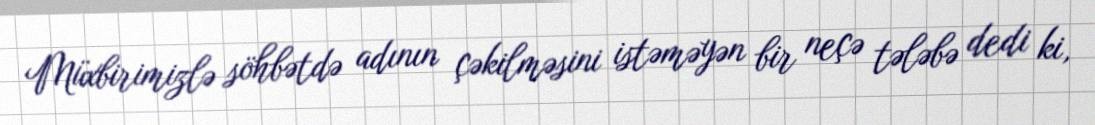
Müxbirimizlə söhbətdə adının çəkilməsini istəməyən bir neçə tələbə dedi ki,